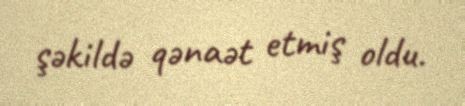
şəkildə qənaət etmiş oldu.